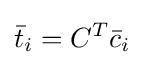
{\bar {t}}_{i}=C^{T}{\bar {c}}_{i}